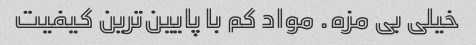
خیلی بی مزه. مواد کم با پایین‌ترین کیفیت